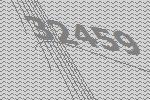
32459